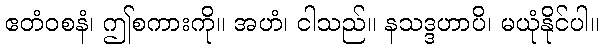
ဧတံဝစနံ၊ ဤစကားကို။ အဟံ၊ ငါသည်။ နသဒ္ဒဟာပိ၊ မယုံနိုင်ပါ။